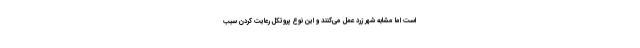
است اما مشابه شهر زرد عمل می‌کنند و این نوع پروتکل‌ رعایت کردن سبب